Civil Veterinary Dept. Assam report 1927-50 - 1927-1950
Year: 1927
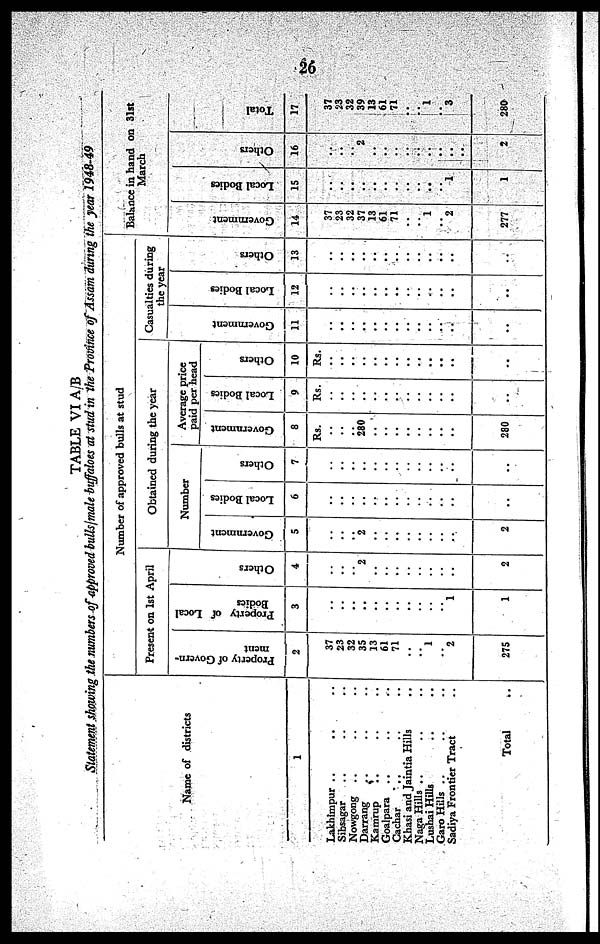
26
TABLE VI A/B
Statement showing the numbers of approved bulls/male buffaloes at stud in the Province of Assam during the year 1948-49
Name of districts
1
Lakhimpur .. .. ..
Sibsagar .. .. ..
Nowgong .. .. ..
Darrang .. .. ..
Kamrup .. .. ..
Goalpara .. .. ..
Cachar .. .. ..
Khasi and Jaintia Hills ..
Naga Hills .. .. ..
Lushai Hills .. ..
Garo Hills .. .. ..
Sadiya Frontier Tract ..
Total ..
Number of approved bulls at stud
Present on 1st April
Property of Govern-
ment
2
37
23
32
35
13
61
71
..
..
1
..
2
275
Property of Local
Bodies
3
..
..
..
..
..
..
..
..
..
..
..
1
1
Ot her s
4
..
..
..
2
..
..
..
..
..
..
..
..
2
Obtained during the year
Number
Government
5
..
..
..
2
..
..
..
..
..
..
..
..
2
Local Bodies
6
..
..
..
..
..
..
..
..
..
..
..
..
..
Others
7
..
..
..
..
..
..
..
..
..
..
..
..
..
Average price
paid per head
Government
8
Rs.
..
..
..
280
..
..
..
..
..
..
..
..
280
Local Bodies
9
Rs.
..
..
..
..
..
..
..
..
..
..
..
..
..
Others
10
Rs.
..
..
..
..
..
..
..
..
..
..
..
..
..
Casualties during
the year
Go v e r
n me n t
11
..
..
..
..
..
..
..
..
..
..
..
..
..
Local Bodi es
12
..
..
..
..
..
..
..
..
..
..
..
..
..
Others
13
..
..
..
..
..
..
..
..
..
..
..
..
..
Balance in hand on 31st
March
Go v e r
n me n t
14
37
23
32
37
13
61
71
..
..
1
..
2
277
Local Bodi es
15
..
..
..
..
..
..
..
..
..
..
..
1
1
Others
16
..
..
..
2
..
..
..
..
..
..
..
..
2
Tot al
17
37
23
32
39
13
61
71
..
.. 1
..
3
280